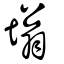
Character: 塕